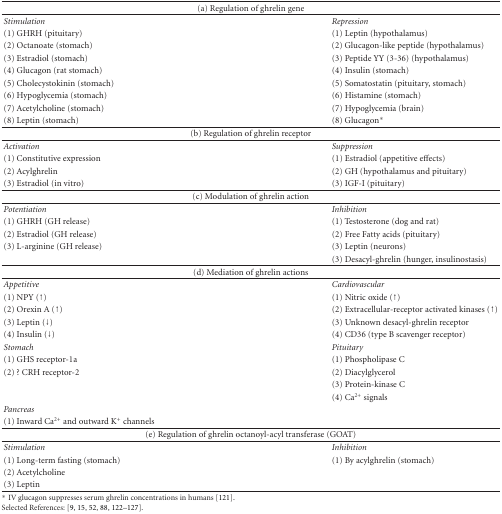
<table><thead><tr><td colspan="2"><b>(a) Regulation of ghrelin gene</b></td></tr></thead><tbody><tr><td><i>Stimulation</i></td><td><i>Repression</i></td></tr><tr><td>(1) GHRH (pituitary)</td><td>(1) Leptin (hypothalamus)</td></tr><tr><td>(2) Octanoate (stomach)</td><td>(2) Glucagon-like peptide (hypothalamus)</td></tr><tr><td>(3) Estradiol (stomach)</td><td>(3) Peptide YY (3-36) (hypothalamus)</td></tr><tr><td>(4) Glucagon (rat stomach)</td><td>(4) Insulin (stomach)</td></tr><tr><td>(5) Cholecystokinin (stomach)</td><td>(5) Somatostatin (pituitary, stomach)</td></tr><tr><td>(6) Hypoglycemia (stomach)</td><td>(6) Histamine (stomach)</td></tr><tr><td>(7) Acetylcholine (stomach)</td><td>(7) Hypoglycemia (brain)</td></tr><tr><td>(8) Leptin (stomach)</td><td>(8) Glucagon*</td></tr><tr><td colspan="2">(b) Regulation of ghrelin receptor</td></tr><tr><td><i>Activation</i></td><td><i>Suppression</i></td></tr><tr><td>(1) Constitutive expression</td><td>(1) Estradiol (appetitive effects)</td></tr><tr><td>(2) Acylghrelin</td><td>(2) GH (hypothalamus and pituitary)</td></tr><tr><td>(3) Estradiol (in vitro)</td><td>(3) IGF-I (pituitary) </td></tr><tr><td colspan="2">(c) Modulation of ghrelin action</td></tr><tr><td><i>Potentiation</i></td><td><i>Inhibition</i></td></tr><tr><td>(1) GHRH (GH release)</td><td>(1) Testosterone (dog and rat)</td></tr><tr><td>(2) Estradiol (GH release)</td><td>(2) Free Fatty acids (pituitary)</td></tr><tr><td>(3) L-arginine (GH release)</td><td>(3) Leptin (neurons)</td></tr><tr><td></td><td>(3) Desacyl-ghrelin (hunger, insulinostasis) </td></tr><tr><td colspan="2">(d) Mediation of ghrelin actions</td></tr><tr><td><i>Appetitive</i></td><td><i>Cardiovascular</i></td></tr><tr><td>(1) NPY (↑)</td><td>(1) Nitric oxide (↑)</td></tr><tr><td>(2) Orexin A (↑)</td><td>(2) Extracellular-receptor activated kinases (↑)</td></tr><tr><td>(3) Leptin (↓)</td><td>(3) Unknown desacyl-ghrelin receptor</td></tr><tr><td>(4) Insulin (↓)</td><td>(4) CD36 (type B scavenger receptor)</td></tr><tr><td><i>Stomach</i></td><td><i>Pituitary</i></td></tr><tr><td>(1) GHS receptor-1a</td><td>(1) Phospholipase C</td></tr><tr><td>(2) ? CRH receptor-2</td><td>(2) Diacylglycerol</td></tr><tr><td></td><td>(3) Protein-kinase C</td></tr><tr><td></td><td>(4) Ca<sup>2+</sup> signals</td></tr><tr><td><i>Pancreas</i></td><td></td></tr><tr><td>(1) Inward Ca<sup>2+</sup> and outward K<sup>+</sup> channels</td><td></td></tr><tr><td colspan="2">(e) Regulation of ghrelin octanoyl-acyl transferase (GOAT) </td></tr><tr><td><i>Stimulation</i></td><td><i>Inhibition</i></td></tr><tr><td>(1) Long-term fasting (stomach)</td><td>(1) By acylghrelin (stomach)</td></tr><tr><td>(2) Acetylcholine</td><td></td></tr><tr><td>(3) Leptin</td><td></td></tr></tbody></table>